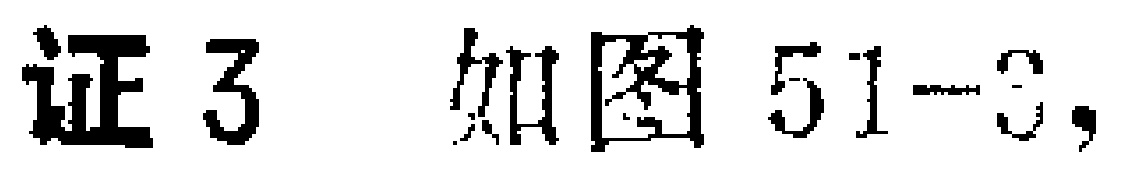
证3 如图51-3，